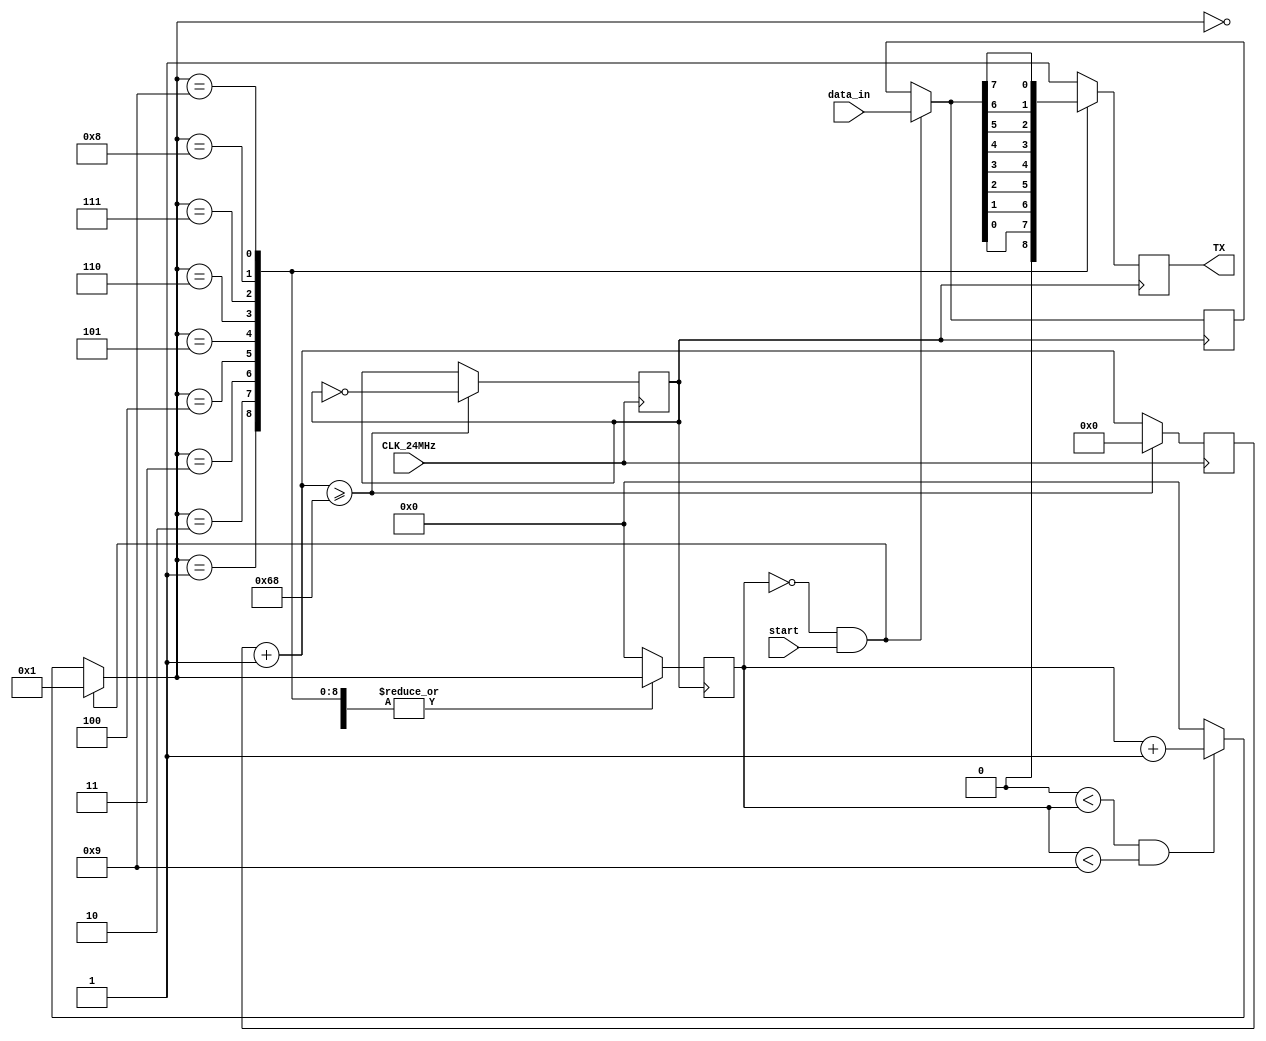
/**
 * GitHub: https://github.com/csy-tvgo
 * Doc:    https://verimake.com/d/189
 */

module UART_TX #(parameter baudrate = 115200)
                (input CLK_24MHz,
                 input [7: 0] data_in,
                 input start,                 // 
                 output reg TX = 1'b1);
    
    //  UART  baudrate : 8: 
    
    reg [23: 0] counter = 'd0;        // 
    reg clk_uart        = 1'b0;       // 
    
    reg [3: 0] state = 'd0;           // 0: 1: 2 ~ 9: 10: 
    reg [7: 0] data_buffer;           // start  data_in 
    
    localparam div_factor = 12000000 / baudrate;
    always @(posedge CLK_24MHz) begin
        counter = counter + 1;
        if (counter >= div_factor) begin
            counter  = 'd0;
            clk_uart = ~clk_uart;
        end
    end
    
    always @(posedge clk_uart) begin
        if (state == 'd0 && start == 1'b1) begin
            state       = 'd1;
            data_buffer = data_in;
        end
        else if ('d0 < state && state < 'd9) begin
            state = state + 'd1;
        end
        else begin
            state = 0;
        end
        
        case (state)
            'd0: TX = 1'b1;
            'd1: TX = 1'b0;
            'd2: TX = data_buffer[0];
            'd3: TX = data_buffer[1];
            'd4: TX = data_buffer[2];
            'd5: TX = data_buffer[3];
            'd6: TX = data_buffer[4];
            'd7: TX = data_buffer[5];
            'd8: TX = data_buffer[6];
            'd9: TX = data_buffer[7];
            default: begin
                TX    = 1'b1;
                state = 0;
            end
        endcase
    end
    
endmodule